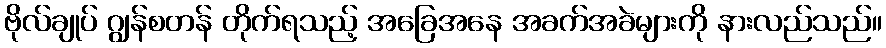
ဗိုလ်ချုပ် ဂျွန်စတန် တိုက်ရသည့် အခြေအနေ အခက်အခဲများကို နားလည်သည်။